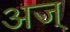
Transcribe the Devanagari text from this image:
अज्